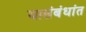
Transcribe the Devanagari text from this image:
यासंबंधांत